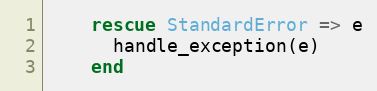
Language: Ruby
    rescue StandardError => e
      handle_exception(e)
    end